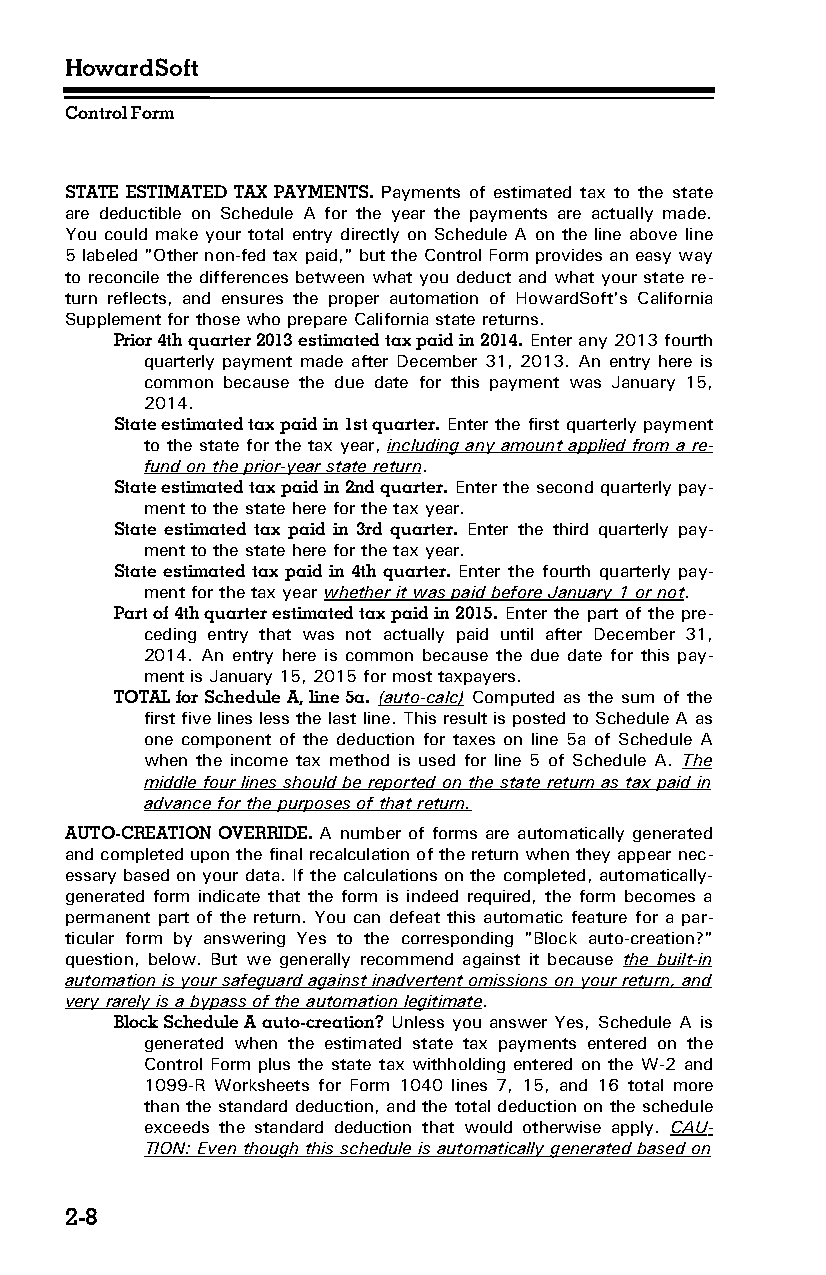
HowardSoft
 Control Form
 STATE ESTIMATED TAX PAYMENTS. Payments of estimated tax to the state
 are deductible on Schedule A for the year the payments are actually made.
 You could make your total entry directly on Schedule A on the line above line
 5 labeled "Other non-fed tax paid," but the Control Form provides an easy way
 to reconcile the differences between what you deduct and what your state re­
 turn reflects, and ensures the proper automation of HowardSoft's California
 Supplement for those who prepare California state returns.
 Prior 4th quarter 2013 estimated tax paid in 2014. Enter any 2013 fourth
 quarterly payment made after December 31, 2013. An entry here is
 common because the due date for this payment was January 15,
 2014.
 State estimated tax paid in 1st quarter. Enter the first quarterly payment
 to the state for the tax year, including any amount applied from a re­
 fund on the prior-year state return.
 State estimated tax paid in 2nd quarter. Enter the second quarterly pay­
 ment to the state here for the tax year.
 State estimated tax paid in 3rd quarter. Enter the third quarterly pay­
 ment to the state here for the tax year.
 State estimated tax paid in 4th quarter. Enter the fourth quarterly pay­
 ment for the tax year whether it was paid before January 1 or not.
 Part of 4th quarter estimated tax paid in 2015. Enter the part of the pre­
 ceding entry that was not actually paid until after December 31,
 2014. An entry here is common because the due date for this pay­
 ment is January 15, 2015 for most taxpayers.
 TOTAL for Schedule A, line 5a. (auto-calc) Computed as the sum of the
 first five lines less the last line. This result is posted to Schedule A as
 one component of the deduction for taxes on line 5a of Schedule A
 when the income tax method is used for line 5 of Schedule A. The
 middle four lines should be reported on the state return as tax paid in
 advance for the purposes of that return.
 AUTO-CREATION OVERRIDE. A number of forms are automatically generated
 and completed upon the final recalculation of the return when they appear nec­
 essary based on your data. If the calculations on the completed, automatically-
 generated form indicate that the form is indeed required, the form becomes a
 permanent part of the return. You can defeat this automatic feature for a par­
 ticular form by answering Yes to the corresponding "Block auto-creation?"
 question, below. But we generally recommend against it because the built-in
 automation is your safeguard against inadvertent omissions on your return, and
 very rarely is a bypass of the automation legitimate.
 Block Schedule A auto-creation? Unless you answer Yes, Schedule A is
 generated when the estimated state tax payments entered on the
 Control Form plus the state tax withholding entered on the W-2 and
 1099-R Worksheets for Form 1040 lines 7, 15, and 16 total more
 than the standard deduction, and the total deduction on the schedule
 exceeds the standard deduction that would otherwise apply. CAU­
 TION: Even though this schedule is automatically generated based on
 2-8